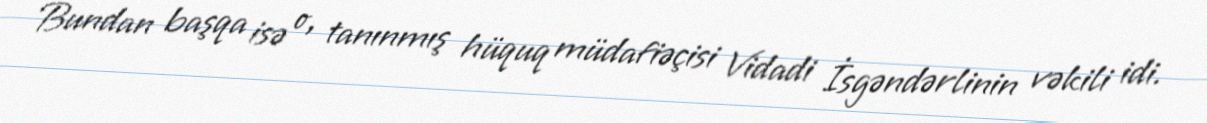
Bundan başqa isə o, tanınmış hüquq müdafiəçisi Vidadi İsgəndərlinin vəkili idi.